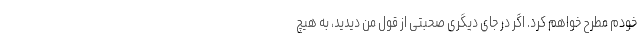
خودم مطرح خواهم کرد. اگر در جای دیگری صحبتی از قول من دیدید، به هیچ